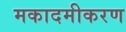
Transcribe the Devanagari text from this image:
मकादमीकरण